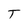
Character: T